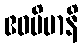
ဧဝမိမာနိ